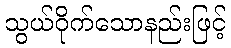
သွယ်ဝိုက်သောနည်းဖြင့်